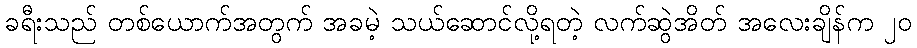
ခရီးသည် တစ်ယောက်အတွက် အခမဲ့ သယ်ဆောင်လို့ရတဲ့ လက်ဆွဲအိတ် အလေးချိန်က ၂၀